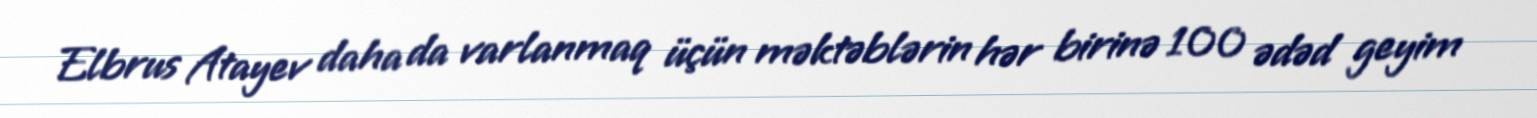
Elbrus Atayev daha da varlanmaq üçün məktəblərin hər birinə 100 ədəd geyim